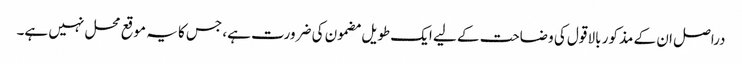
دراصل ان کے مذکور بالا قول کی وضاحت کے لیے ایک طویل مضمون کی ضرورت ہے، جس کا یہ موقع محل نہیں ہے۔